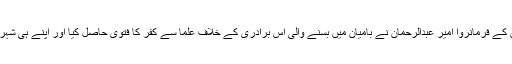
1880 میں افغانستان کے فرمانروا امیر عبدالرحمان نے بامیان میں بسنے والی اس برادری کے خلاف علما سے کفر کا فتوی حاصل کیا اور اپنے ہی شہریوں پر دھاوا بول دیا۔